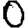
Digit: 0